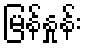
မြန်နှုန်း